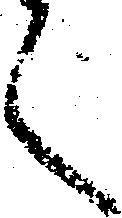
言